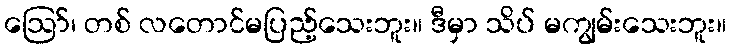
ဪ၊ တစ် လတောင်မပြည့်သေးဘူး။ ဒီမှာ သိပ် မကျွမ်းသေးဘူး။